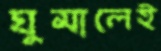
ঘুমালেই